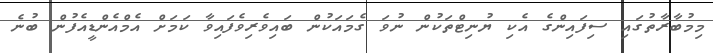
މިމުބާރާތުގައި ސިފައިންގެ އެކި ޔުނިޓްތަކުން ނުވަ ގެމައަކުން ބައިވެރިވެފައިވާ ކަމަށް އެމްއެންޑީއެފުން ބުނެ